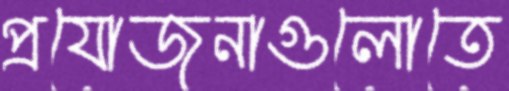
প্রযোজনাগুলোতে